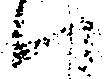
い